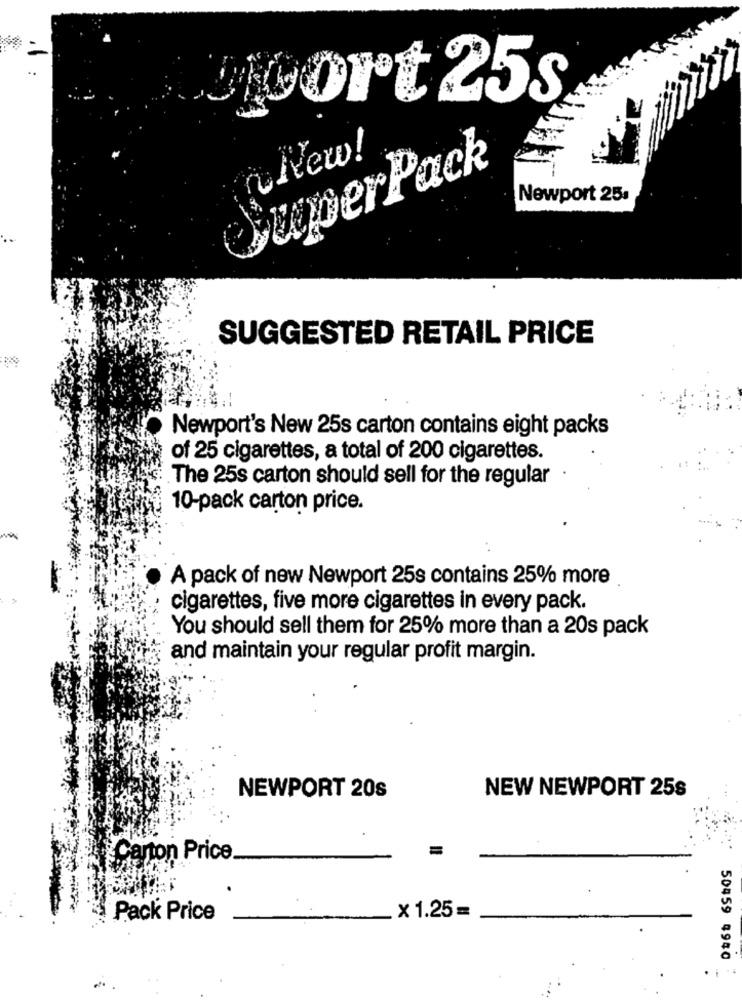
Sport 25s
New!
SuperPack
Newport 25.
SUGGESTED RETAIL PRICE
Newport's New 25s carton contains eight packs
of 25 cigarettes, a total of 200 cigarettes.
The 25s carton should sell for the regular
10-pack carton price.
A pack of new Newport 25s contains 25% more
cigarettes, five more cigarettes in every pack.
You should sell them for 25% more than a 20s pack
and maintain your regular profit margin.
NEW NEWPORT 25s
NEWPORT 20s
Carton Price
Pack Price
× 1.25=
50459 4940